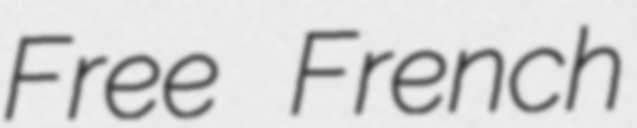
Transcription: Free French